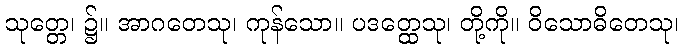
သုတ္တေ၊ ၌။ အာဂတေသု၊ ကုန်သော။ ပဒတ္ထေသု၊ တို့ကို။ ဝိသောဓိတေသု၊